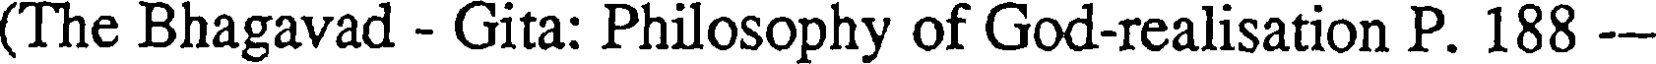
(The Bhagavad - Gita: Philosophy of God-realisation P. 188 --